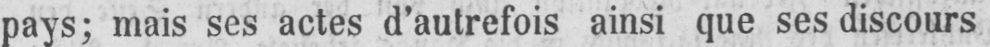
pays; mais ses actes d’autrefois ainsi que ses discours